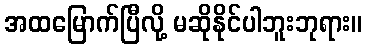
အထမြောက်ပြီလို့ မဆိုနိုင်ပါဘူးဘုရား။